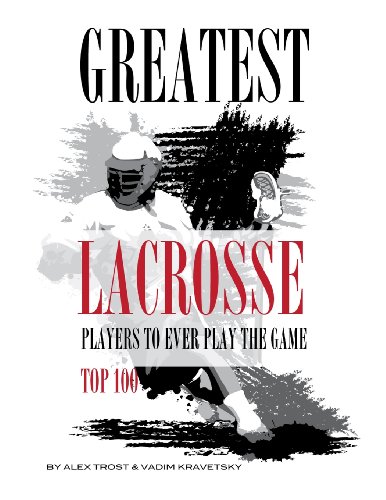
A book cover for Greatest Lacrosse Players to Ever Play the Game Top 100; Alex Trostanetskiy; Sports & Outdoors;